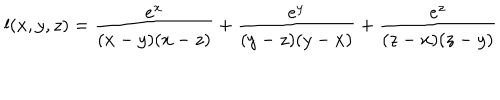
l ( x , y , z ) = \frac { e ^ { x } } { ( x - y ) ( x - z ) } + \frac { e ^ { y } } { ( y - z ) ( y - x ) } + \frac { e ^ { z } } { ( z - x ) ( z - y ) }